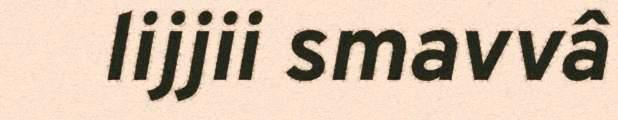
lijjii smavvâ